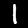
Label: 1